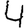
Digit: 4